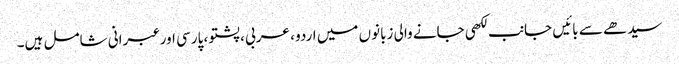
سیدھے سے بائیں جانب لکھی جانے والی زبانوں میں اردو ، عربی ، پشتو ، پارسی اور عبرانی شامل ہیں۔